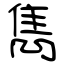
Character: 雋